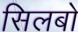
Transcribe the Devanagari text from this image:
सिलबो